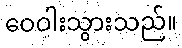
ဝေဝါးသွားသည်။